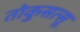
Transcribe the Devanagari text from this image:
तोकुसत्सू